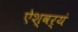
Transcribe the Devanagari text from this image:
ऐश्वर्यं